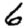
Digit: 6